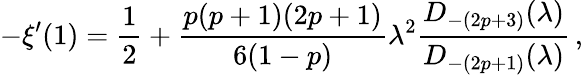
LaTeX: -\xi^{\prime}(1)={\frac{1}{2}}+{\frac{p(p+1)(2p+1)}{6(1-p)}}\lambda^{2}{\frac{D_{-(2p+3)}(\lambda)}{D_{-(2p+1)}(\lambda)}}\, ,